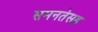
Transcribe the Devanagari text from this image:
समनतेसह